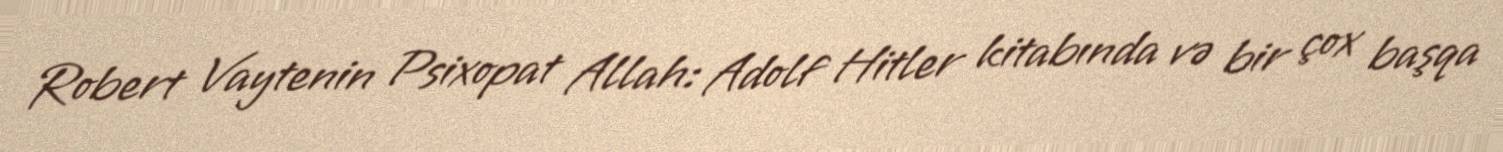
Robert Vaytenin Psixopat Allah: Adolf Hitler kitabında və bir çox başqa